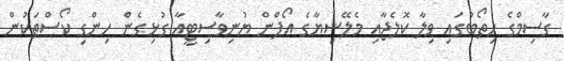
ގާސިމްގެ ހިތޯބުގައި ވިލާ ކޮލެޖާއި މެލޭޝިޔާގެ އޯޕްން ޔުނިވާސިޓީއާ ގުޅިގެން ހިންގި ކޯސްތަކުން